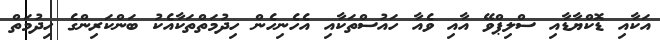
އަކާއި ޑޮކްޔާޑާއި ސްލިޕްވޭ އާއި ވެއާ ހައުސްތަކާއި އެހެނިހެން ހިދުމަތްތަކާއެކު ބަންކަރިންގެ ހިދުމަތް